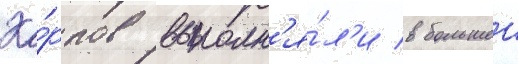
Ка́рпов выполн'я́л'и в большеи